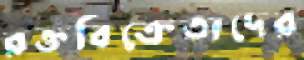
রক্তবিক্রেতাদের